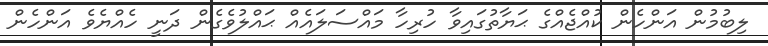
ލިބުމުން އަންހެން ކުއްޖެއްގެ ޙަޔާތުގައިވާ ހުރިހާ މައްސަލައެއް ޙައްލުވެގެން ދަނީ ހެއްޔެވެ އަންހެން